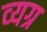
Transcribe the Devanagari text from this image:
व्‍यग्र